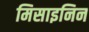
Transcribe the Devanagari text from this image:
मिसाइनिन